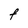
Character: F